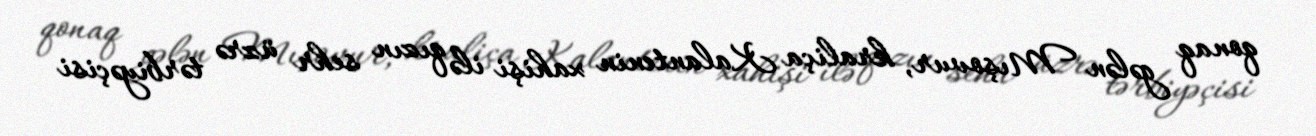
qonaq gələn Mışovur, kraliça Kalantenin xahişi ilə qızın sehr üzrə tərbiyəçisi